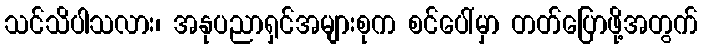
သင်သိပါသလား၊ အနုပညာရှင်အများစုက စင်ပေါ်မှာ တတ်ပြောဖို့အတွက်